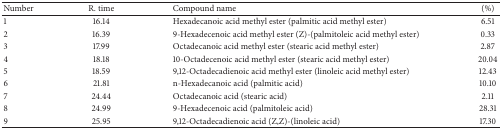
<table><thead><tr><td><b>Number</b></td><td><b>R. time</b></td><td><b>Compound name</b></td><td><b> (%)</b></td></tr></thead><tbody><tr><td>1</td><td>16.14</td><td>Hexadecanoic acid methyl ester (palmitic acid methyl ester)</td><td> 6.51</td></tr><tr><td>2</td><td>16.39</td><td>9-Hexadecenoic acid methyl ester (Z)-(palmitoleic acid methyl ester)</td><td> 0.33</td></tr><tr><td>3</td><td>17.99</td><td>Octadecanoic acid methyl ester (stearic acid methyl ester)</td><td> 2.87</td></tr><tr><td>4</td><td>18.18</td><td>10-Octadecenoic acid methyl ester (stearic acid methyl ester)</td><td>20.04</td></tr><tr><td>5</td><td>18.59</td><td>9,12-Octadecadienoic acid methyl ester (linoleic acid methyl ester)</td><td>12.43</td></tr><tr><td>6</td><td>21.81</td><td>n-Hexadecanoic acid (palmitic acid)</td><td>10.10</td></tr><tr><td>7</td><td>24.44</td><td>Octadecanoic acid (stearic acid)</td><td> 2.11</td></tr><tr><td>8</td><td>24.99</td><td>9-Hexadecenoic acid (palmitoleic acid)</td><td>28.31</td></tr><tr><td>9</td><td>25.95</td><td>9,12-Octadecadienoic acid (Z,Z)-(linoleic acid)</td><td>17.30</td></tr></tbody></table>